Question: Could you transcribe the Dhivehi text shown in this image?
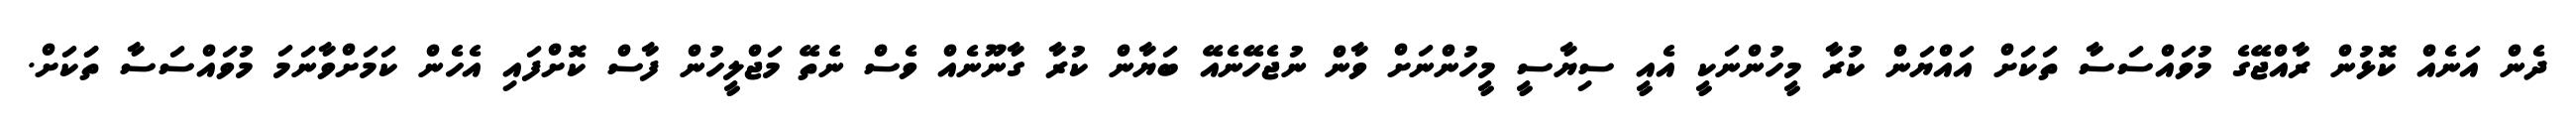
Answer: ދެން އަނެއް ކޮޅުން ރާއްޖޭގެ މުވައްސަސާ ތަކަށް އައްޔަން ކުރާ މީހުންނަކީ އެއީ ސިޔާސީ މީހުންނަށް ވާން ނުޖެހޭނެއޭ ބަޔާން ކުރާ ގާނޫނެއް ވެސް ނެތޭ މަޖްލީހުން ފާސް ކޮށްފައި އެހެން ކަމަށްވާނަމަ މުވައްސަސާ ތަަކަށް.